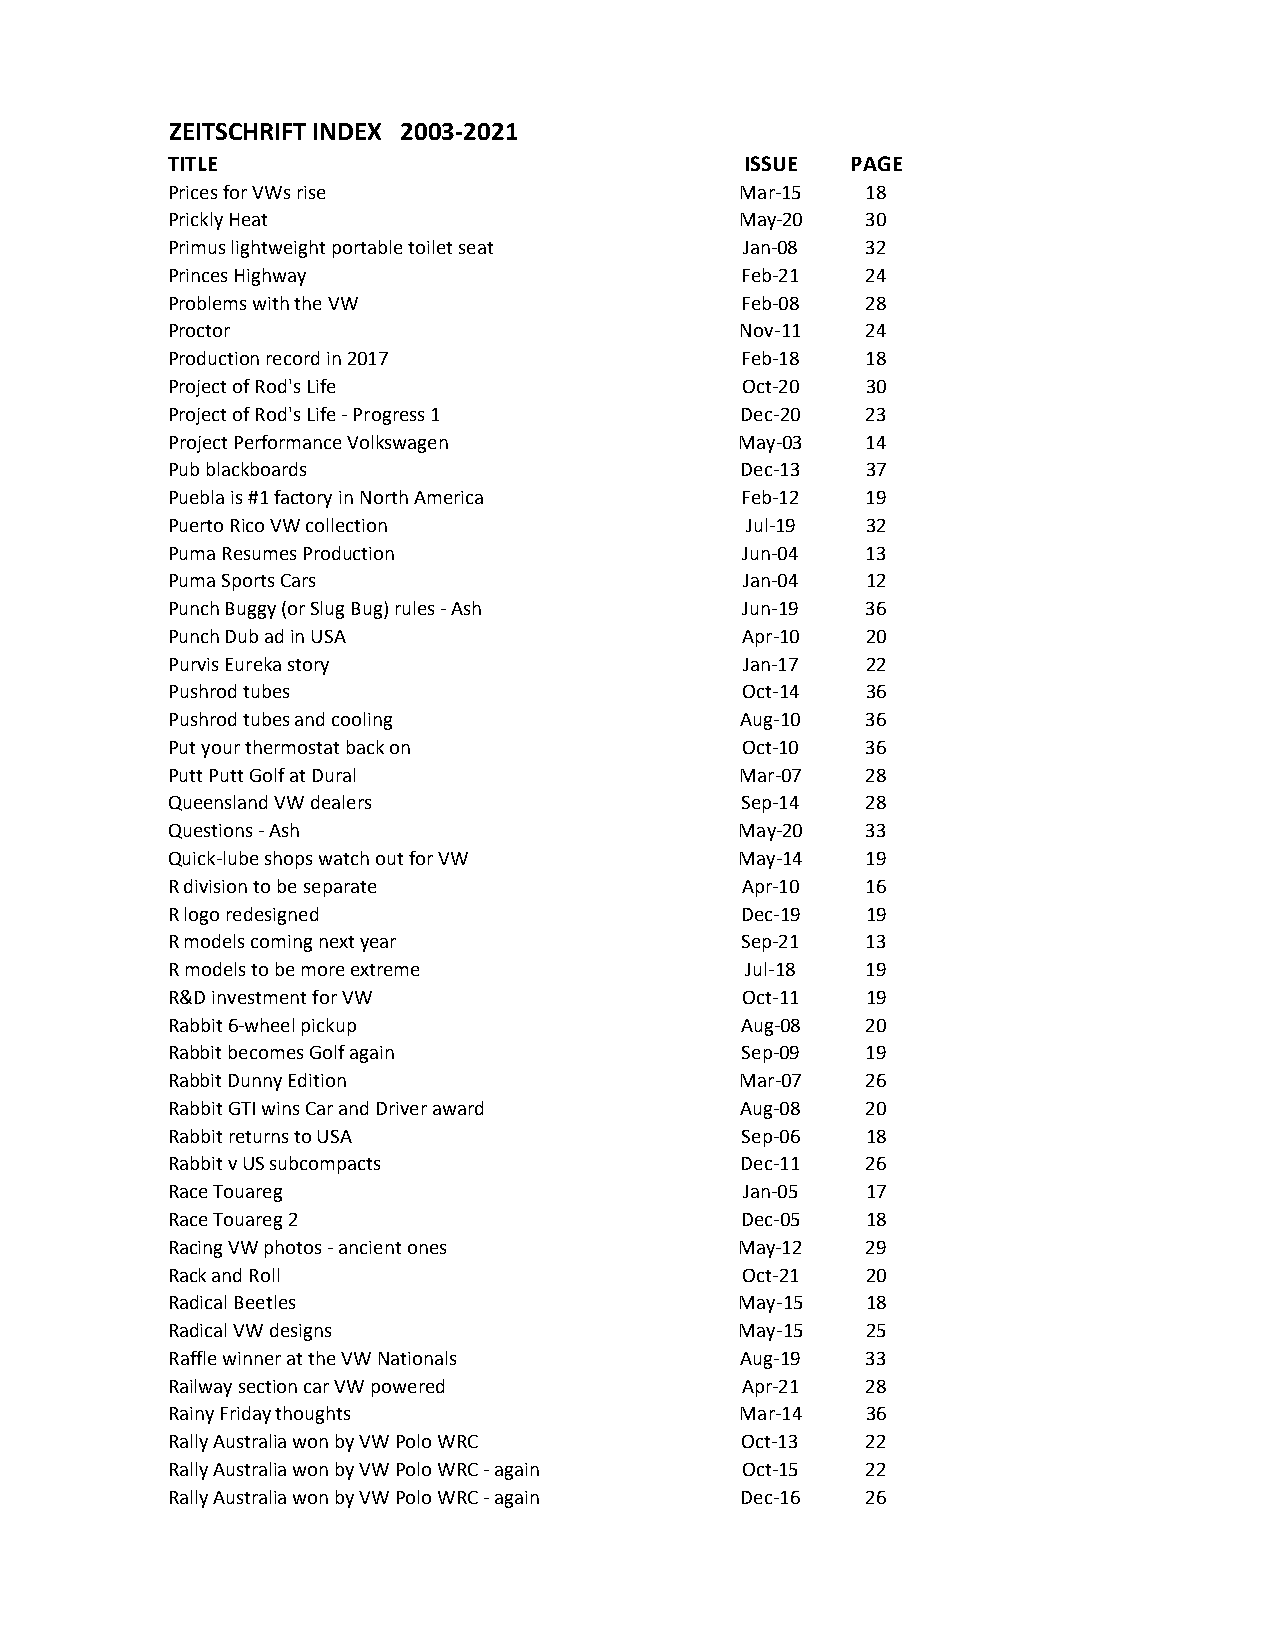
ZEITSCHRIFT INDEX 2003-2021
 TITLE                                 ISSUE  PAGE
 Prices for VWs rise                   Mar-15  18
 Prickly Heat                          May-20  30
 Primus lightweight portable toilet seat Jan-08 32
 Princes Highway                       Feb-21  24
 Problems with the VW                  Feb-08  28
 Proctor                               Nov-11  24
 Production record in 2017             Feb-18  18
 Project of Rod's Life                 Oct-20  30
 Project of Rod's Life - Progress 1    Dec-20  23
 Project Performance Volkswagen        May-03  14
 Pub blackboards                       Dec-13  37
 Puebla is #1 factory in North America Feb-12  19
 Puerto Rico VW collection             Jul-19  32
 Puma Resumes Production               Jun-04  13
 Puma Sports Cars                      Jan-04  12
 Punch Buggy (or Slug Bug) rules - Ash Jun-19  36
 Punch Dub ad in USA                   Apr-10  20
 Purvis Eureka story                   Jan-17  22
 Pushrod tubes                         Oct-14  36
 Pushrod tubes and cooling             Aug-10  36
 Put your thermostat back on           Oct-10  36
 Putt Putt Golf at Dural               Mar-07  28
 Queensland VW dealers                 Sep-14  28
 Questions - Ash                       May-20  33
 Quick-lube shops watch out for VW     May-14  19
 R division to be separate             Apr-10  16
 R logo redesigned                     Dec-19  19
 R models coming next year             Sep-21  13
 R models to be more extreme           Jul-18  19
 R&D investment for VW                 Oct-11  19
 Rabbit 6-wheel pickup                 Aug-08  20
 Rabbit becomes Golf again             Sep-09  19
 Rabbit Dunny Edition                  Mar-07  26
 Rabbit GTI wins Car and Driver award  Aug-08  20
 Rabbit returns to USA                 Sep-06  18
 Rabbit v US subcompacts               Dec-11  26
 Race Touareg                          Jan-05  17
 Race Touareg 2                        Dec-05  18
 Racing VW photos - ancient ones       May-12  29
 Rack and Roll                         Oct-21  20
 Radical Beetles                       May-15  18
 Radical VW designs                    May-15  25
 Raffle winner at the VW Nationals     Aug-19  33
 Railway section car VW powered        Apr-21  28
 Rainy Friday thoughts                 Mar-14  36
 Rally Australia won by VW Polo WRC    Oct-13  22
 Rally Australia won by VW Polo WRC - again Oct-15 22
 Rally Australia won by VW Polo WRC - again Dec-16 26